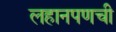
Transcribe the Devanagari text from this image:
लहानपणची